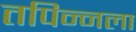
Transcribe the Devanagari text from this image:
तपिन्नला